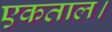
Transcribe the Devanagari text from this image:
एकताल।